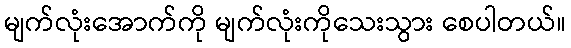
မျက်လုံးအောက်ကို မျက်လုံးကိုသေးသွား စေပါတယ်။